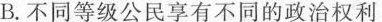
B.不同等级公民享有不同的政治权利